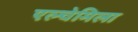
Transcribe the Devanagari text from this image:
एल्चेमिला